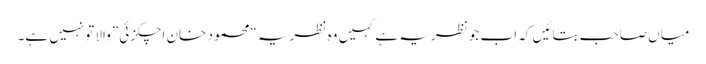
میاں صاحب بتائیں کہ اب جو نظریہ ہے کہیں وہ نظریہ “محمود خان اچکزئی” والا تونہیں ہے۔